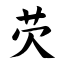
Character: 芡